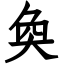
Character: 奐